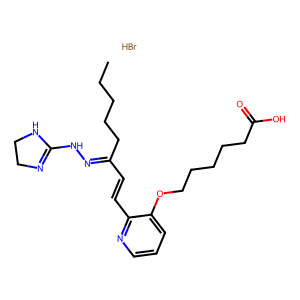
SMILES: Br.CCCCCC(C=Cc1ncccc1OCCCCCC(=O)O)=NNC1=NCCN1
Inhibits HIV replication: No